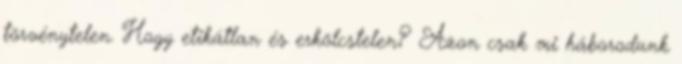
törvénytelen. Hogy etikátlan és erkölcstelen? Azon csak mi háborodunk